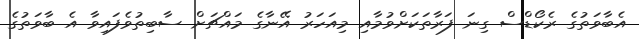
އެބާވަތުގެ ރެކޯޑްސް ގިނަ ފަރާތަކަށްވުމާއި މިއަހަރު އޭނާގެ މައްޗަށް ސާބިތުވެފައިވާ އެ ބާވަތުގެ